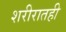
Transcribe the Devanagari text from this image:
शरीरातही